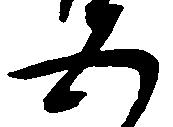
五